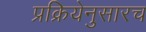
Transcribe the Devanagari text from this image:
प्रक्रियेनुसारच